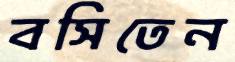
বসিতেন